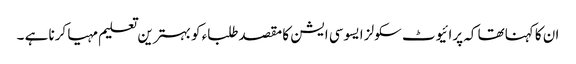
ان کا کہناتھا کہ پرائیوٹ سکولز ایسوسی ایشن کا مقصدطلباء کو بہترین تعلیم مہیا کرنا ہے ۔